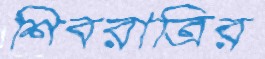
শিবরাত্রির